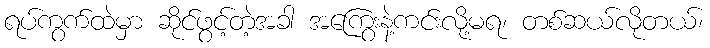
ရပ်ကွက်ထဲမှာ ဆိုင်ဖွင့်တဲ့အခါ အကြွေးနဲ့ကင်းလို့မရ၊ တစ်ဆယ်လိုတယ်၊